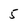
Character: 5